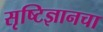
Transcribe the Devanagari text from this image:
सृष्टिज्ञानचा